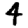
Digit: 4